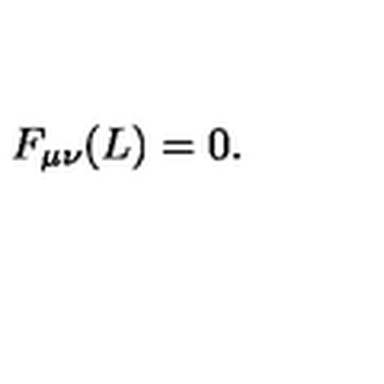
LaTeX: F _ { \mu \nu } ( L ) = 0 .